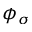
\phi _ { \sigma }